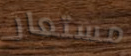
مستعار